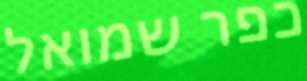
כפר שמואל